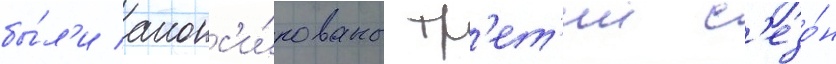
бы́л'и анонс'и́рованы тр'ет'ии с'езо́н